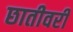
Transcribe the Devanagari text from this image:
छातीवरी